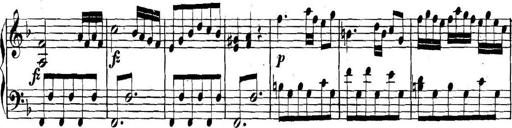
Title: Collected Piano Sonatas
Composer: Muzio Clementi